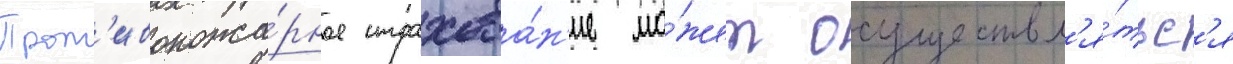
Прот'ивопожа́рное страхова́н'ие мо́жет осуществл'я́тьс'я